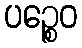
ပဉ္စေဝ